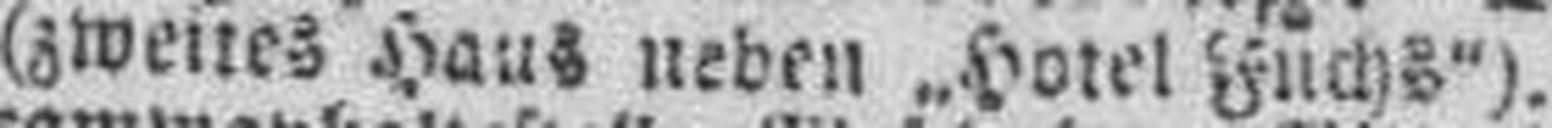
(zweites Haus neben „Hotel Fuchs“).